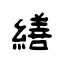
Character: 繕